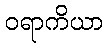
ဝရာကိယာ